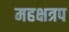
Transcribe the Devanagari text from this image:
महक्षत्रप